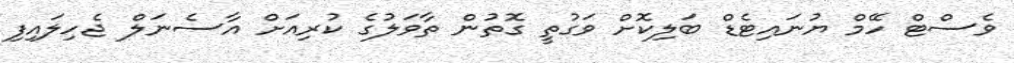
ވެސްޓް ހޭމް ޔުނައިޓެޑް ބަލިކޮށް ވަގުތީ ގޮތުން ތާވަލުގެ ކުރިއަށް އާސެނަލް ޖެހިލައިފި